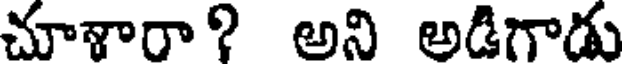
చూశారా? అని అడిగాడు